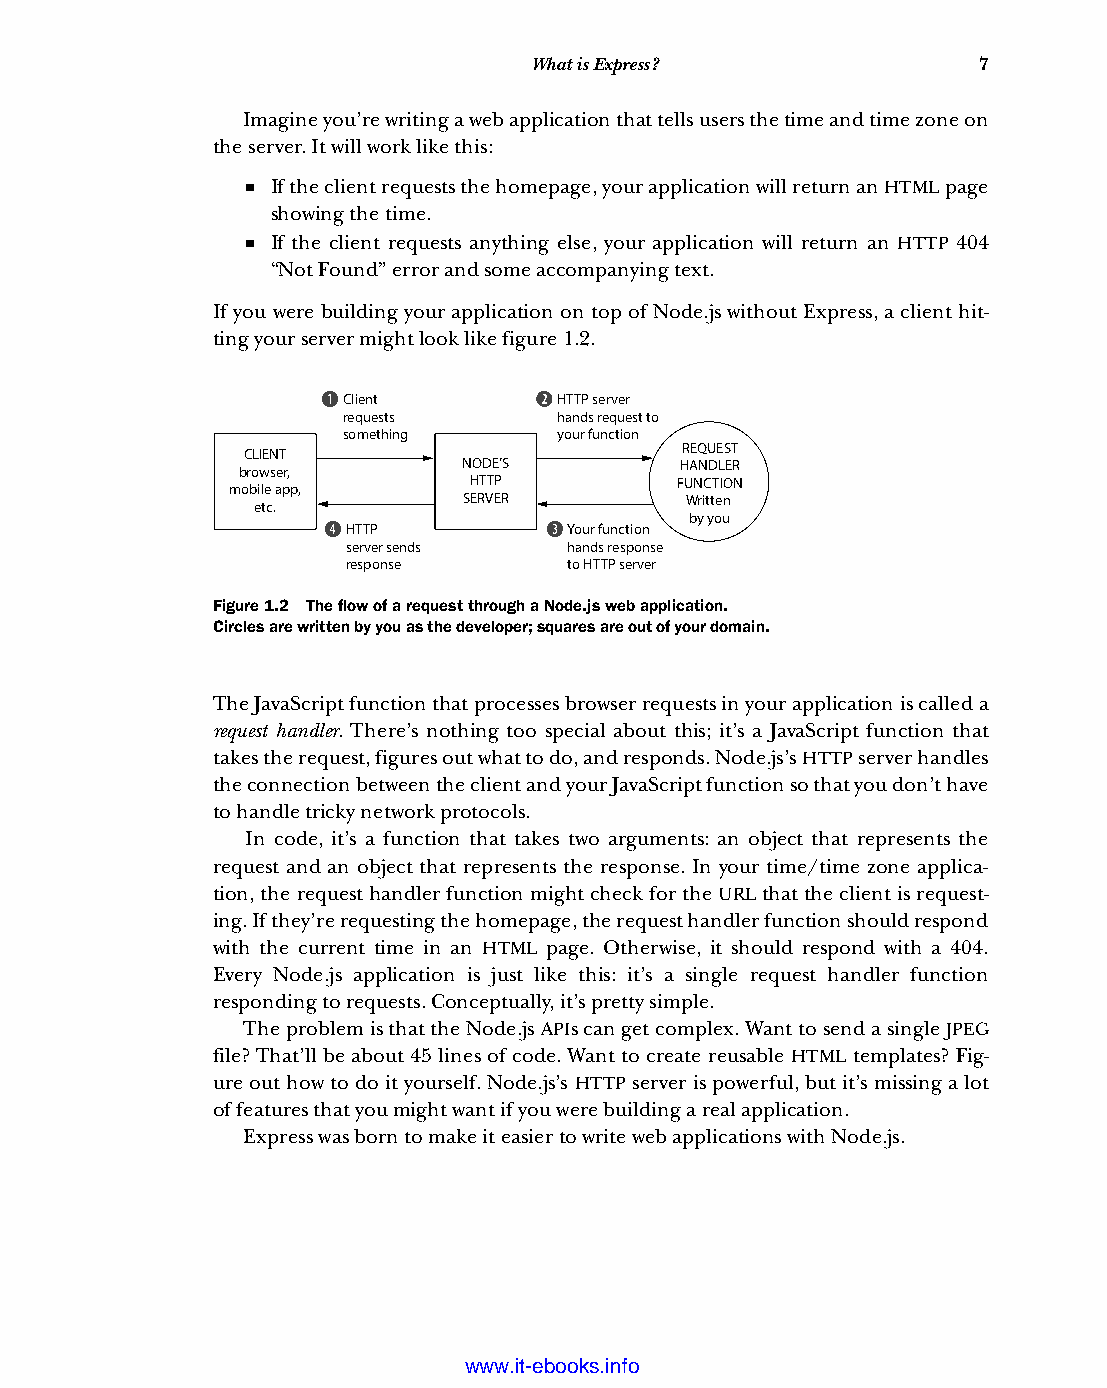
What is Express?              7
 Imagine you’re writing a web application that tells users the time and time zone on
 the server. It will work like this:
 ■ If the client requests the homepage, your application will return an HTML page
 showing the time.
 ■ If the client requests anything else, your application will return an HTTP 404
 “Not Found” error and some accompanying text.
 If you were building your application on top of Node.js without Express, a client hit-
 ting your server might look like figure 1.2.
 Client        HTTP server
 requests      hands request to
 something     your function
 REQUEST
 CLIENT
 NODE’S        HANDLER
 browser,
 HTTP          FUNCTION
 mobile app,
 SERVER        Written
 etc.
 by you
 HTTP           Your function
 server sends   hands response
 response       to HTTP server
 Figure 1.2 The flow of a request through a Node.js web application.
 Circles are written by you as the developer; squares are out of your domain.
 The JavaScript function that processes browser requests in your application is called a
 request handler. There’s nothing too special about this; it’s a JavaScript function that
 takes the request, figures out what to do, and responds. Node.js’s HTTP server handles
 the connection between the client and your JavaScript function so that you don’t have
 to handle tricky network protocols.
 In code, it’s a function that takes two arguments: an object that represents the
 request and an object that represents the response. In your time/time zone applica-
 tion, the request handler function might check for the URL that the client is request-
 ing. If they’re requesting the homepage, the request handler function should respond
 with the current time in an HTML page. Otherwise, it should respond with a 404.
 Every Node.js application is just like this: it’s a single request handler function
 responding to requests. Conceptually, it’s pretty simple.
 The problem is that the Node.js APIs can get complex. Want to send a single JPEG
 file? That’ll be about 45 lines of code. Want to create reusable HTML templates? Fig-
 ure out how to do it yourself. Node.js’s HTTP server is powerful, but it’s missing a lot
 of features that you might want if you were building a real application.
 Express was born to make it easier to write web applications with Node.js.
 Licensed wtow w <.mit-ielebro.8o8k8s@.ingfomail.com>